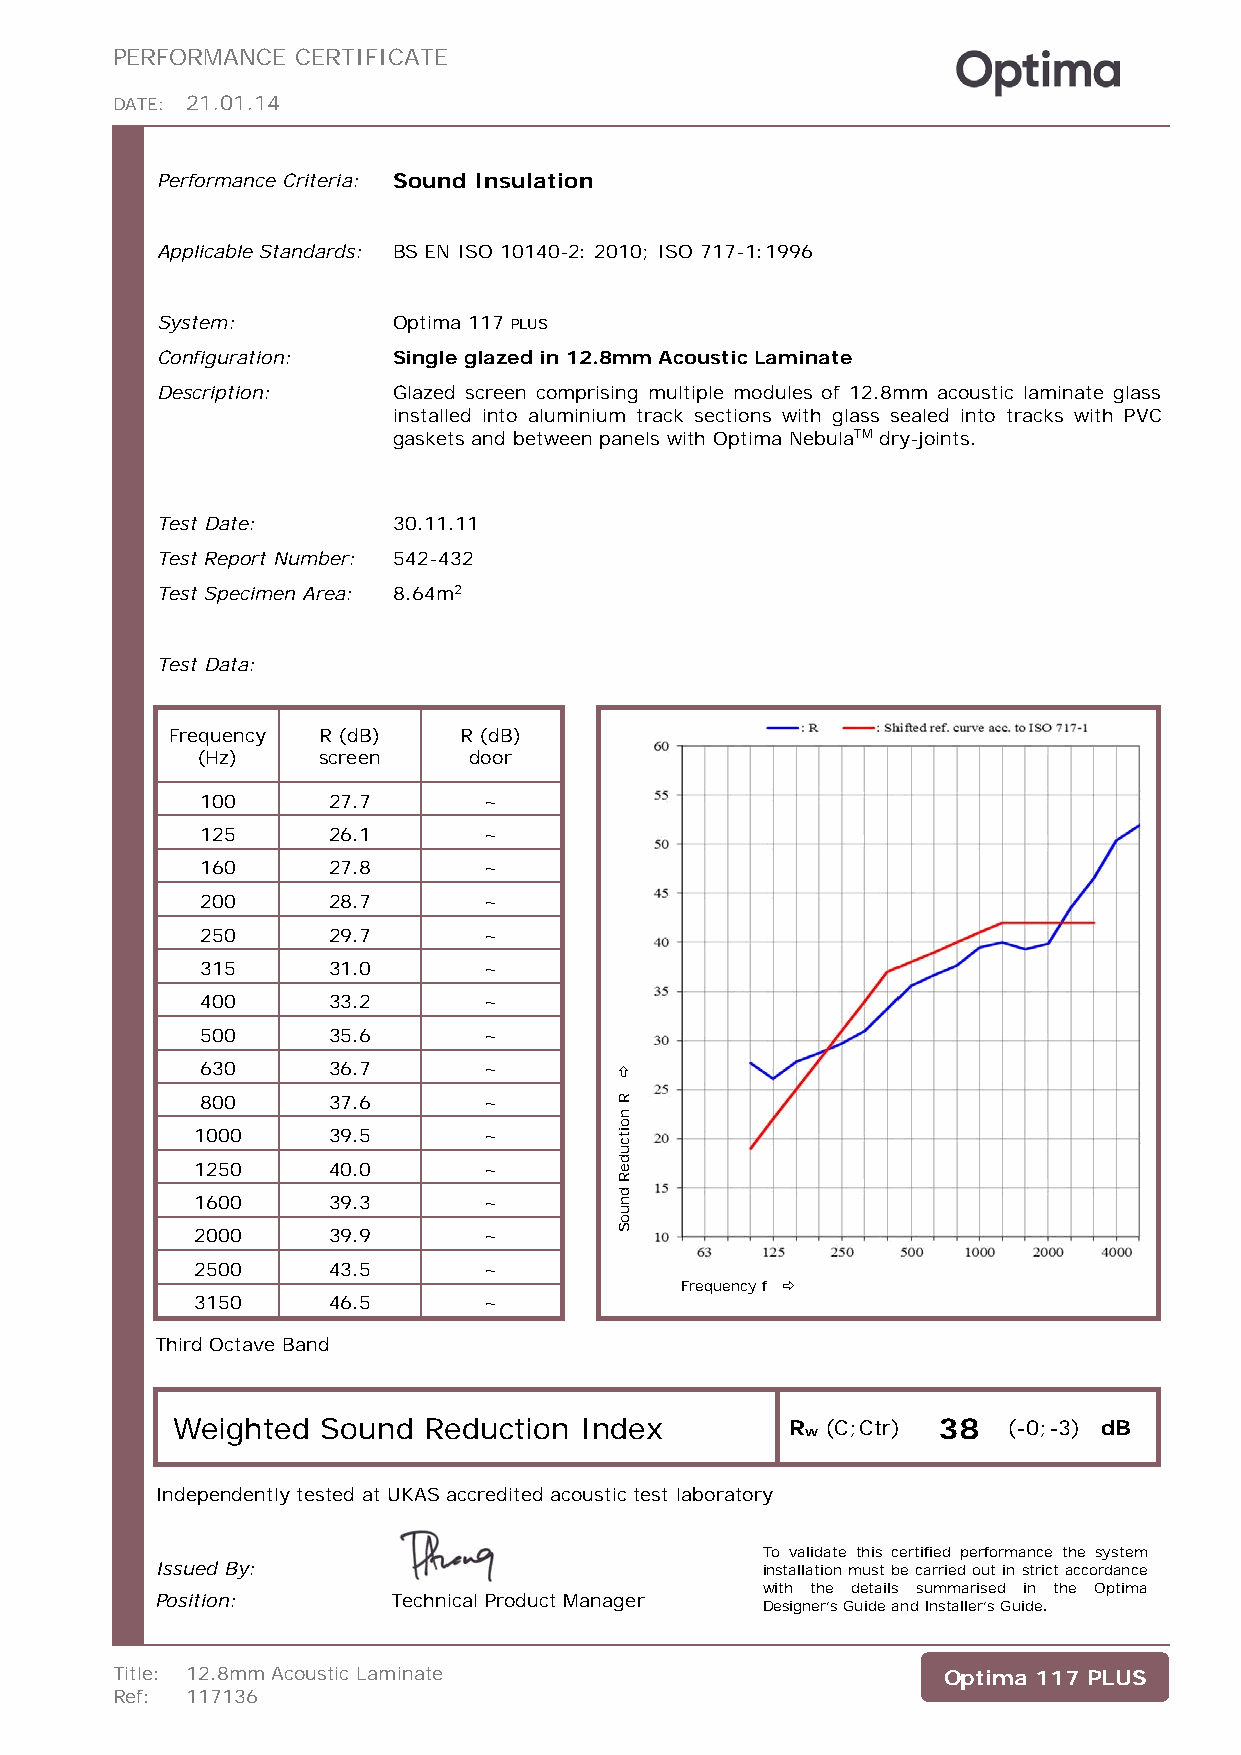
PERFORMANCE  CERTIFICATE
 DATE: 21.01.14
 Performance Criteria: Sound Insulation
 Applicable Standards: BS EN ISO 10140-2: 2010; ISO 717-1:1996
 System:         Optima 117 PLUS
 Configuration:  Single glazed in 12.8mm Acoustic Laminate
 Description:    Glazed screen comprising multiple modules of 12.8mm acoustic laminate glass
 installed into aluminium track sections with glass sealed into tracks with PVC
 gaskets and between panels with Optima NebulaTM dry-joints.
 Test Date:      30.11.11
 Test Report Number: 542-432
 Test Specimen Area: 8.64m2
 Test Data:
 Frequency R (dB)   R (dB)
 (Hz)    screen    door
 100      27.7      ~
 125      26.1      ~
 160      27.8      ~
 200      28.7      ~
 250      29.7      ~
 315      31.0      ~
 400      33.2      ~
 500      35.6      ~
 630      36.7      ~
 800      37.6      ~
 1000     39.5      ~
 1250     40.0      ~
 1600     39.3      ~
 2000     39.9      ~
 2500     43.5      ~
 Frequency f 
 3150     46.5      ~
 Third Octave Band
 Weighted  Sound  Reduction Index         Rw (C;Ctr) 38  (-0;-3) dB
 Independently tested at UKAS accredited acoustic test laboratory
 To validate this certified performance the system
 Issued By:                              installation must be carried out in strict accordance
 with the details summarised in the Optima
 Position:       Technical Product Manager Designer’s Guide and Installer’s Guide.
 Title: 12.8mm Acoustic Laminate                        Optima 117 PLUS
 Ref: 117136
 
 R
 noitcudeR
 dnuoS